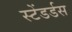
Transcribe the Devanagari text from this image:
स्टेंडर्डस